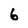
Character: 6